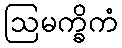
ဩမက္ခိကံ